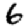
Digit: 6